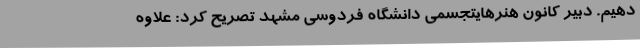
دهیم. دبیر کانون هنرهایتجسمی دانشگاه فردوسی مشهد تصریح کرد: علاوه